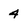
Character: 4